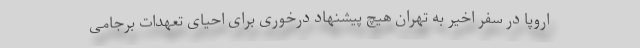
اروپا در سفر اخیر به تهران هیچ پیشنهاد درخوری برای احیای تعهدات برجامی